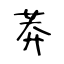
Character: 莽